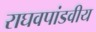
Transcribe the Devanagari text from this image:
राघवपांडवीय